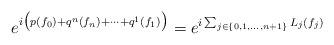
LaTeX: \begin{align*}e^{i\big(p(f_0)+q^n(f_n)+\dots+q^1(f_1)\big)}=e^{i\sum_{j\in \{0,1,\dots,n+1\}}L_j(f_j)}\end{align*}